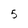
Character: 5